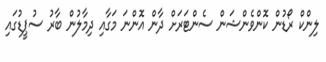
ލިންކް ރޯޑުން ކޮންވެންޝަން ސެންޓަރަށް ދާން އޮންނަ މަގާއި ދިމާލުން ބާރު ސުޕީޑުގައި